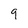
Character: 9